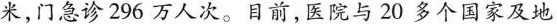
米，门急诊 296 万人次。目前，医院与20多个国家及地